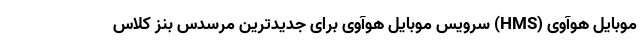
موبایل هوآوی (HMS) سرویس موبایل هوآوی برای جدیدترین مرسدس بنز کلاس